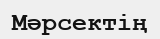
Мәрсектің